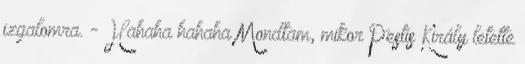
izgalomra. - Hahaha hahaha Mondtam, mikor Pestis Király letette